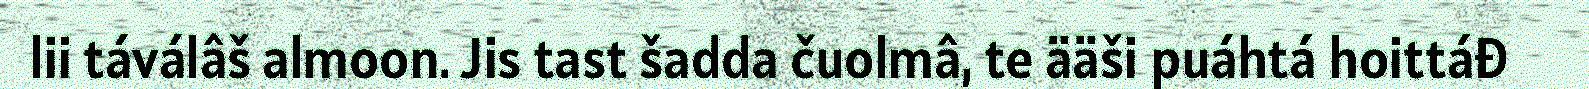
lii táválâš almoon. Jis tast šadda čuolmâ, te ääši puáhtá hoittáđ